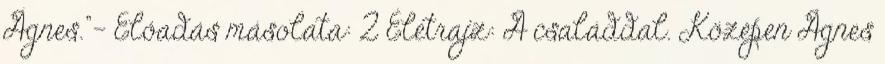
Ágnes."— Előadás másolata: 2 Életrajz: A családdal. Középen Ágnes